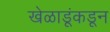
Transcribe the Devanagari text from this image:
खेळाडूंकडून